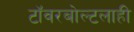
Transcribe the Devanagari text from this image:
टॉवरबोल्टलाही